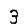
Digit: 3